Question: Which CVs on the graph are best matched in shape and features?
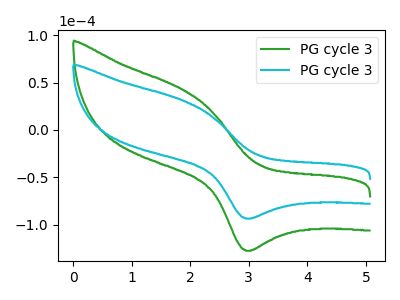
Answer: <think>The green curve "PG cycle 31" has an anodic peak at (1.90V, 42.50uA) and a cathodic peak at (3.00V, -127.60uA). The cyan curve "PG cycle 32" has an anodic peak at (1.90V, 31.20uA) and a cathodic peak at (3.00V, -93.60uA).
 All the peaks in "PG cycle 31" have a peak in "PG cycle 32" at the same potential. Every peak in "PG cycle 31" is higher than every peak in "PG cycle 32".</think>
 <answer>"PG cycle 32" and "PG cycle 31" have the same shape and are likely CV's of the same chemical.</answer>
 <eval>"PG cycle 32" "PG cycle 31"</eval>